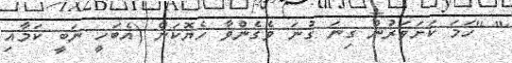
'' ''ހަމަ ކަށަވަރުން ގިނަ ގުނަ ވެގެންވާ ހެޔޮކަން (އެބަހީ ނަބީ ކަމާއި